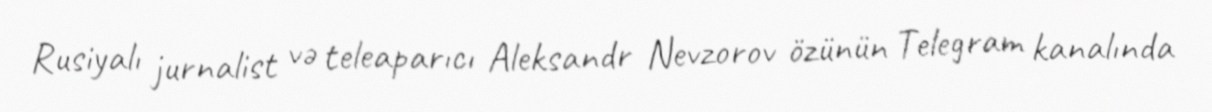
Rusiyalı jurnalist və teleaparıcı Aleksandr Nevzorov özünün Telegram kanalında